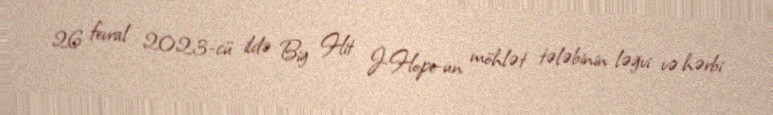
26 fevral 2023-cü ildə Big Hit J-Hope-un möhlət tələbinin ləğvi və hərbi